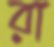
রা